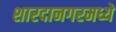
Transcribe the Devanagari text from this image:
शारदानगरमध्ये